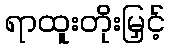
ရာထူးတိုးမြှင့်